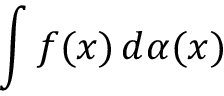
\int f ( x ) \, d \alpha ( x )